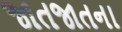
જાતજાતના